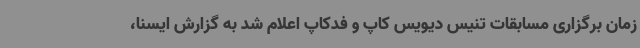
زمان برگزاری مسابقات تنیس دیویس کاپ و فدکاپ اعلام شد به گزارش ایسنا،